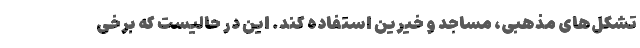
تشکل‌های مذهبی، مساجد و خیرین استفاده کند. این در حالیست که برخی